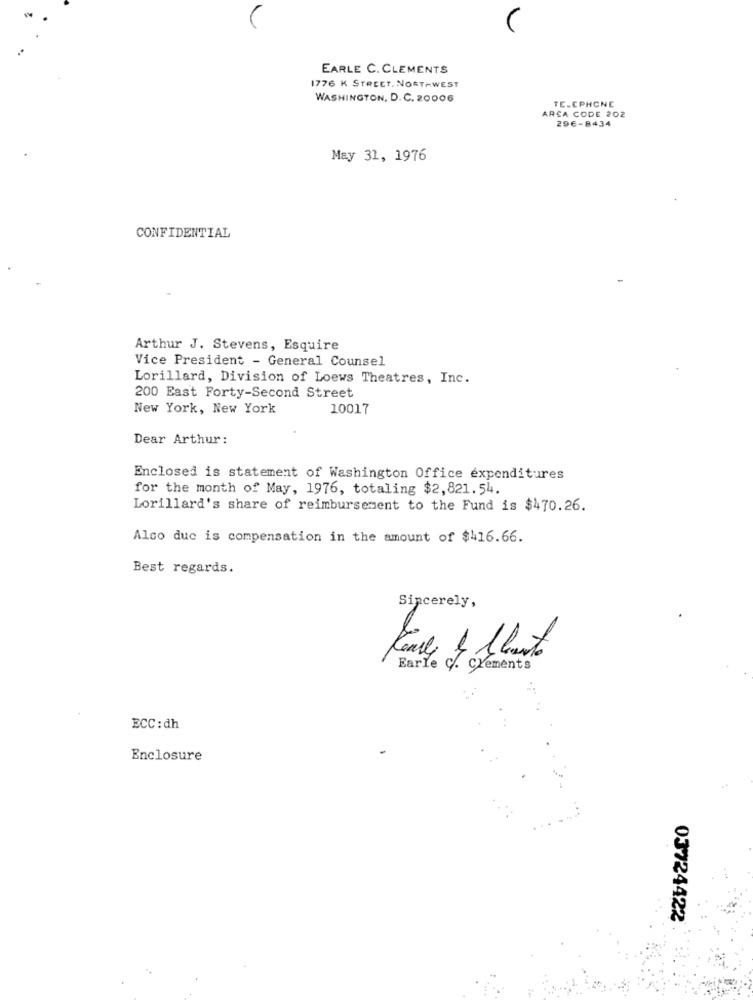
EARLE C. CLEMENTS
1776 K STREET. NORTHWEST
WASHINGTON, D. C. 20006
TE.CPHONE
ARCA CODE 202
296-8434
May 31, 1976
CONFIDENTIAL
Arthur J. Stevens, Esquire
Vice President - General Counsel
Lorillard, Division of Loews Theatres, Inc.
200 East Forty-Second Street
New York, New York
10017
Dear Arthur:
Enclosed is statement of Washington Office expenditures
for the month of May, 1976, totaling $2,821.54.
Lorillard's share of reimbursement to the Fund is $470.26.
Also duc is compensation in the amount of $416.66.
Best regards.
Sincerely,
Earle C. Clements
ECC : dh
Enclosure
03724422